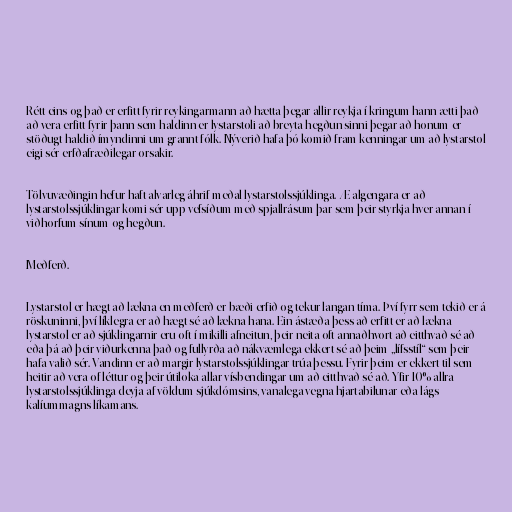
Rétt eins og það er erfitt fyrir reykingarmann að hætta þegar allir reykja í kringum hann ætti það
að vera erfitt fyrir þann sem haldinn er lystarstoli að breyta hegðun sinni þegar að honum er
stöðugt haldið ímyndinni um grannt fólk. Nýverið hafa þó komið fram kenningar um að lystarstol
eigi sér erfðafræðilegar orsakir.

Tölvuvæðingin hefur haft alvarleg áhrif meðal lystarstolssjúklinga. Æ algengara er að
lystarstolssjúklingar komi sér upp vefsíðum með spjallrásum þar sem þeir styrkja hver annan í
viðhorfum sínum og hegðun.

Meðferð.

Lystarstol er hægt að lækna en meðferð er bæði erfið og tekur langan tíma. Því fyrr sem tekið er á
röskuninni, því líklegra er að hægt sé að lækna hana. Ein ástæða þess að erfitt er að lækna
lystarstol er að sjúklingarnir eru oft í mikilli afneitun, þeir neita oft annaðhvort að eitthvað sé að
eða þá að þeir viðurkenna það og fullyrða að nákvæmlega ekkert sé að þeim „lífsstíl“ sem þeir
hafa valið sér. Vandinn er að margir lystarstolssjúklingar trúa þessu. Fyrir þeim er ekkert til sem
heitir að vera of léttur og þeir útiloka allar vísbendingar um að eitthvað sé að. Yfir 10% allra
lystarstolssjúklinga deyja af völdum sjúkdómsins, vanalega vegna hjartabilunar eða lágs
kalíummagns líkamans.